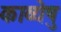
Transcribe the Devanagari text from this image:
काव्येषु